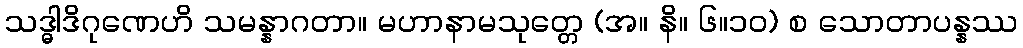
သဒ္ဓါဒိဂုဏေဟိ သမန္နာဂတာ။ မဟာနာမသုတ္တေ (အ။ နိ။ ၆။၁၀) စ သောတာပန္နဿ